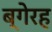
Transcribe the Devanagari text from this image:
ब्गेरह